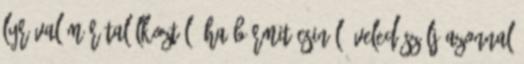
Lyrával már találkoztál? Ha bármit csinál, veled szólj azonnal